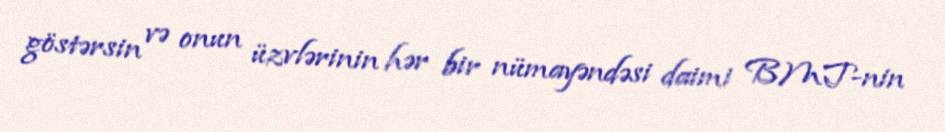
göstərsin və onun üzvlərinin hər bir nümayəndəsi daimi BMT-nin